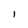
Character: i